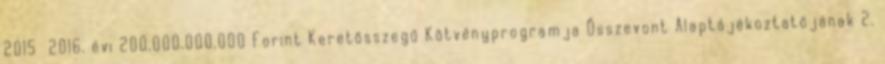
2015 2016. évi 200.000.000.000 Forint Keretösszegű Kötvényprogramja Összevont Alaptájékoztatójának 2.